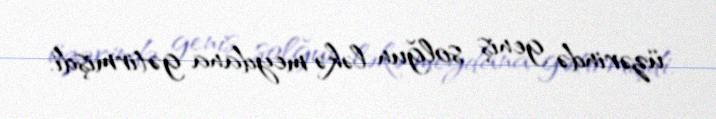
üzərində geniş solğun ləkə meydana gətirmişdi.